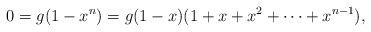
\begin{align*} 0=g(1-x^{n})=g(1-x)(1+x+x^{2}+\cdots+x^{n-1}),\end{align*}